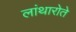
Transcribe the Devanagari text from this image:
लांथारोते